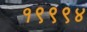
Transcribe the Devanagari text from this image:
१९९९४